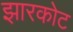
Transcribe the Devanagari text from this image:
झारकोट